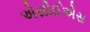
એસીઈએસ